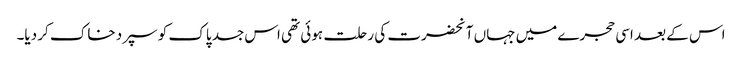
اس کے بعد اسی حجرے میں جہاں آنحضرت کی رحلت ہوئی تھی اس جسد پاک کو سپرد خاک کر دیا۔